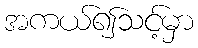
အကယ်၍သင့်မှာ